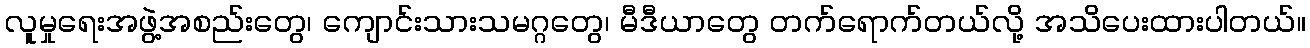
လူမှုရေးအဖွဲ့အစည်းတွေ၊ ကျောင်းသားသမဂ္ဂတွေ၊ မီဒီယာတွေ တက်ရောက်တယ်လို့ အသိပေးထားပါတယ်။